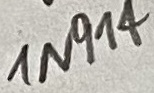
Text: IN914